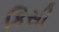
કિસી